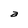
Character: a